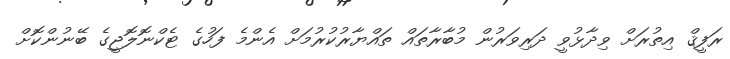
ރަފީޤް އިތުރަށް ވިދާޅުވީ ދަރިވަރުން މުބާރާތައް ތައްޔާާރުކުރުމަށް އެންމެ ފަހުގެ ޓެކްނޮލޮޖީގެ ބޭނުންކޮށް